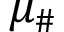
\mu _ { \# }